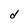
Character: d